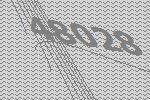
48028